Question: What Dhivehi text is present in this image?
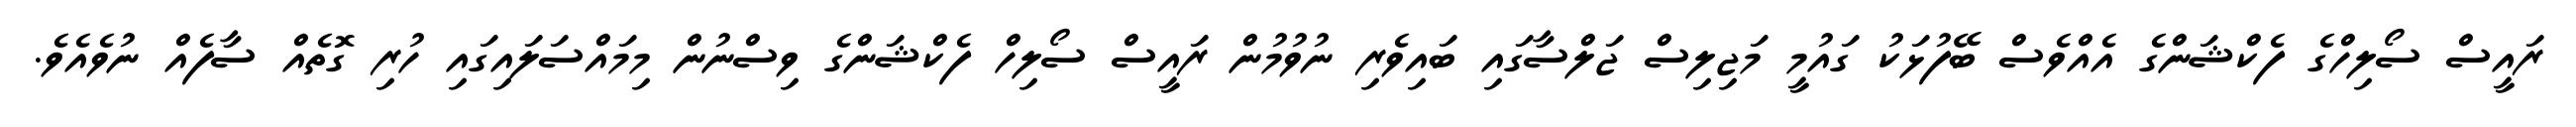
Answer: ރައީސް ސޯލިހްގެ ފެކްޝަންގެ އެއްވެސް ބޭފުޅަކު ގައުމީ މަޖިލިސް ޖަލްސާގައި ބައިވެރި ނުވުމުން ރައީސް ސޯލިހް ފެކްޝަންގެ ވިސްނުން މިމައްސަލައިގައި ހުރި ގޮތެއް ސާފެއް ނުވެއެވެ.